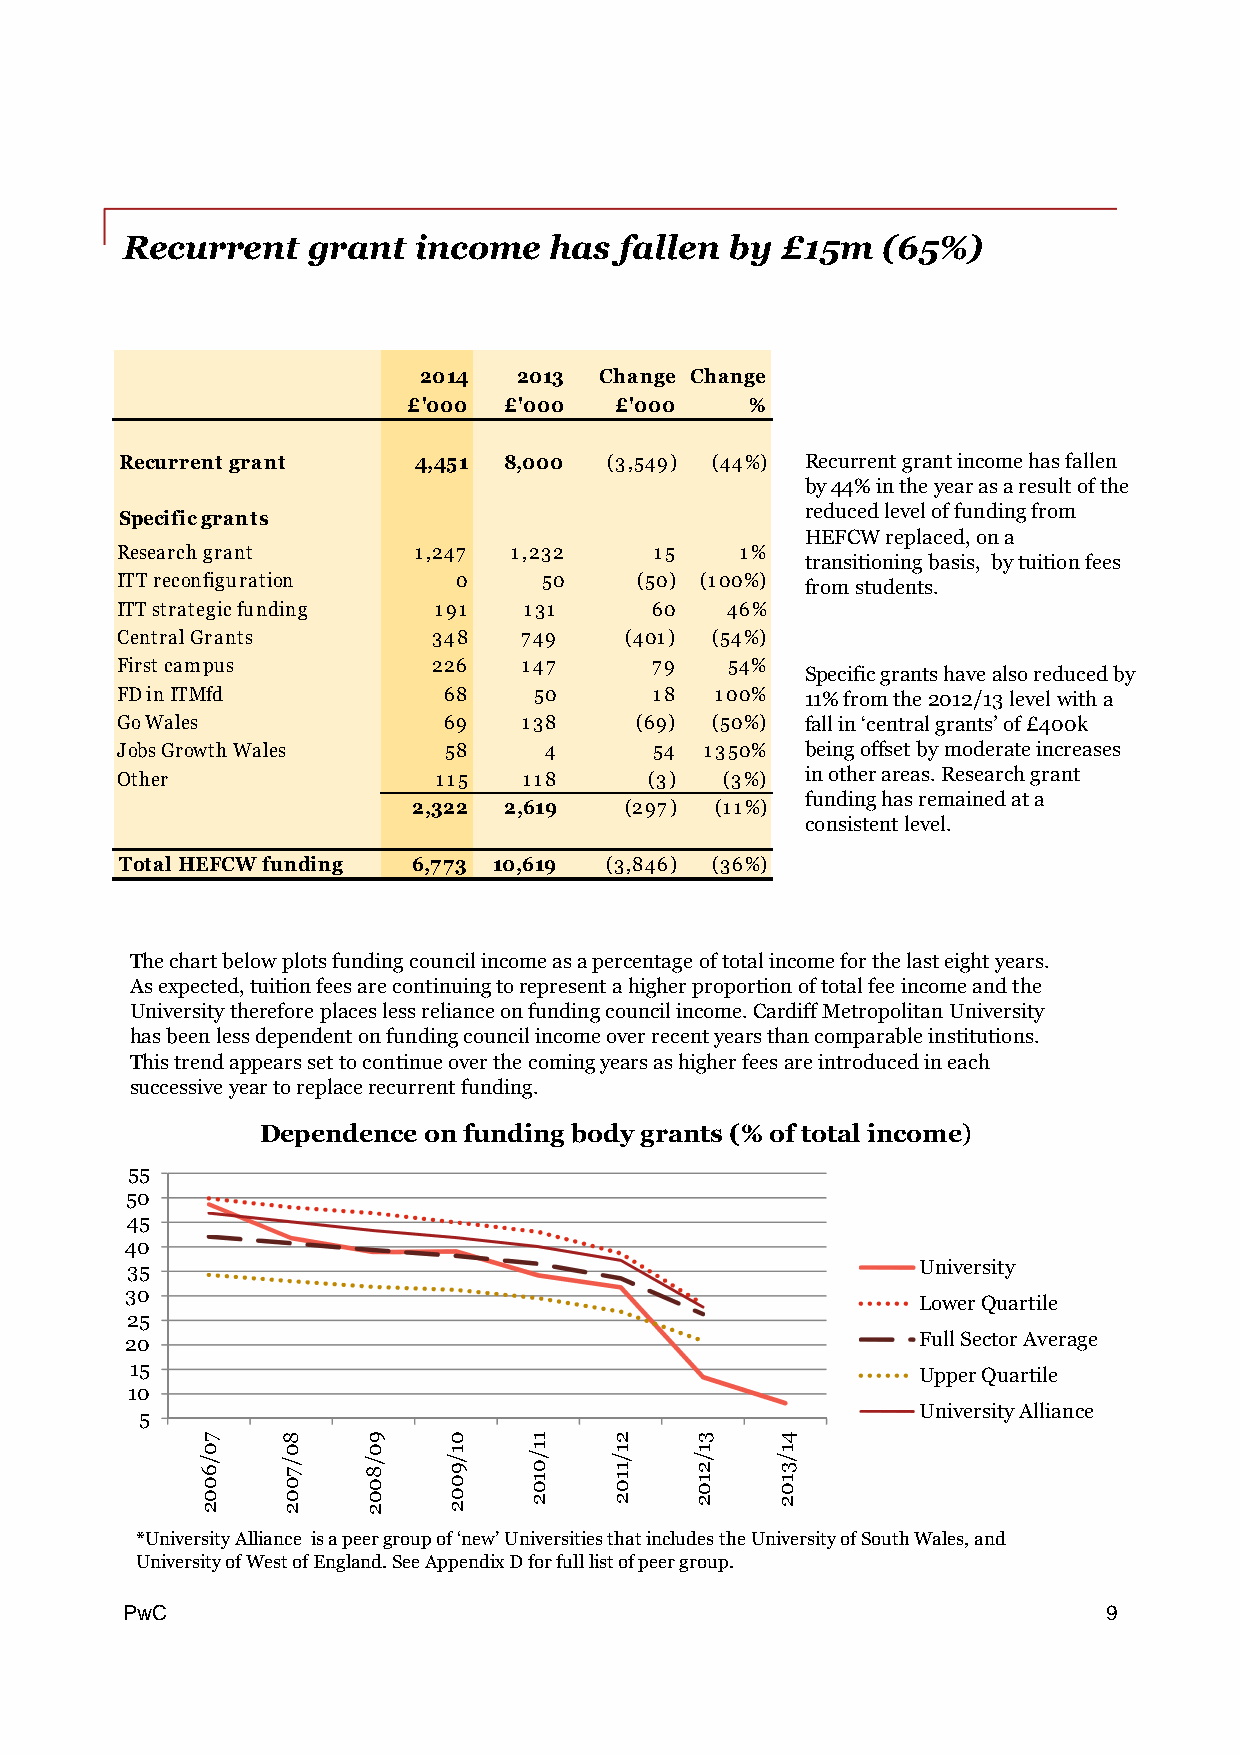
Recurrent   grant  income   has  fallen by  £15m  (65%)
 2014  2013  Change Change
 £'000 £'000   £'000    %
 Recurrent grant    4,451 8,000  (3,549) (44%) Recurrentgrantincomehasfallen
 by44%intheyearasaresultofthe
 reducedleveloffundingfrom
 Specificgrants
 HEFCWreplaced,ona
 Researchgrant      1,247  1,232    15    1%
 transitioningbasis, bytuitionfees
 ITTreconfiguration    0     50    (50) (100%) fromstudents.
 ITTstrategicfunding  191   131     60   46%
 CentralGrants        348  749    (401) (54%)
 Firstcampus          226   147     79   54%
 Specificgrantshavealsoreducedby
 FDinITMfd            68    50      18  100%  11%fromthe2012/13levelwitha
 GoWales              69    138    (69) (50%) fallin‘centralgrants’of£400k
 JobsGrowthWales       58    4      54  1350% beingoffsetbymoderateincreases
 Other                115   118     (3)  (3%) inotherareas.Researchgrant
 fundinghasremainedata
 2,322 2,619   (297) (11%)
 consistentlevel.
 TotalHEFCWfunding  6,773 10,619 (3,846) (36%)
 Thechartbelowplotsfundingcouncilincomeasapercentageoftotalincomeforthelasteightyears.
 Asexpected,tuitionfeesarecontinuingtorepresentahigherproportionoftotalfeeincomeandthe
 Universitythereforeplaceslessrelianceonfundingcouncilincome.CardiffMetropolitanUniversity
 hasbeenlessdependentonfundingcouncilincomeoverrecentyearsthancomparableinstitutions.
 Thistrendappearssettocontinueoverthecomingyearsashigherfeesareintroducedineach
 successiveyeartoreplacerecurrentfunding.
 Dependence onfunding bodygrants(% oftotalincome)
 55
 50
 45
 40
 35                                                   University
 30
 LowerQuartile
 25
 20                                                   FullSectorAverage
 15                                                  UpperQuartile
 10
 UniversityAlliance
 5
 *UniversityAlliance isapeergroupof‘new’UniversitiesthatincludestheUniversityofSouthWales,and
 UniversityofWestofEngland.SeeAppendixDforfulllistofpeergroup.
 PPwwCC                                                           9
 70/6002 80/7002 90/8002 01/9002 11/0102 21/1102 31/2102 41/3102